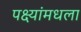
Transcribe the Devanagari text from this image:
पक्ष्यांमधला